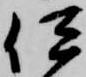
伊